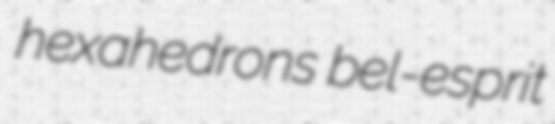
hexahedrons bel-esprit